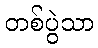
တစ်ပွဲသာ